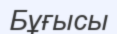
Бұғысы